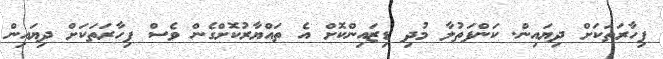
ފިހާރަތަކަށް ދިޔައިން. ކަންފަތުލާ މުދި ޑިޒައިންކޮށް އެ ތައްޔާރުކޮށްގެން ވެސް ފިހާރަތަކަށް ދިޔައިން